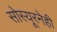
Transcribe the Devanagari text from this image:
सोस्यूरनेही